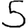
Digit: 5